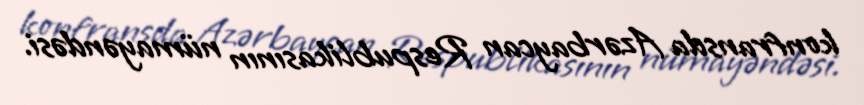
konfransda Azərbaycan Respublikasının nümayəndəsi.